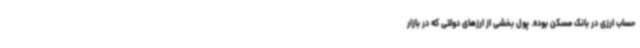
حساب ارزی در بانک مسکن بوده. پول بخشی از ارزهای دولتی که در بازار